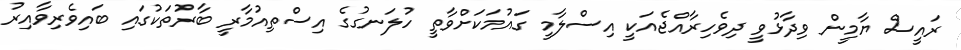
ރައީސް ޔާމީން ވިދާޅުވީ ދިވެހިރާއްޖެއަކީ އިސްލާމީ ގައުމަކަށްވާތީ ހުލަނގުގެ އިސްތިއުމާރީ ބާރުތަކުގައި ބައިވެރިވާއިރު